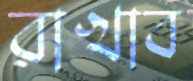
রাখাব